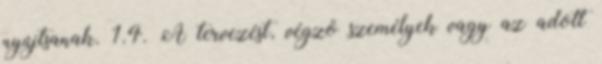
nyújtsanak. 1.4. A tervezést, végzõ személyek vagy az adott